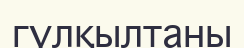
гүлқылтаны